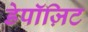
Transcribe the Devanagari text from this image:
डेपॉज़िट